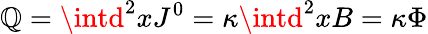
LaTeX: \mathbb{Q}=\intd^{2}xJ^{0}=\kappa\intd^{2}xB=\kappa\Phi